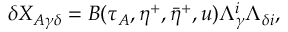
\delta { X _ { A \gamma \delta } } = { \cal { B } } ( \tau _ { A } , \eta ^ { + } , { \bar { \eta } } ^ { + } , u ) \Lambda _ { \gamma } ^ { i } \Lambda _ { \delta { i } } ,